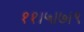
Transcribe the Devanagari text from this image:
११।५।७।९